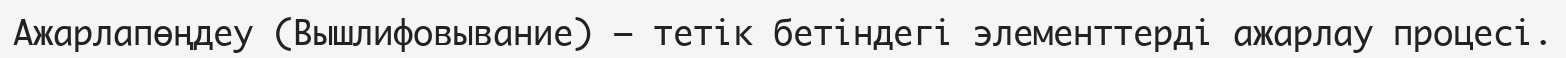
Ажарлапөңдеу (Вышлифовывание) — тетік бетіндегі элементтерді ажарлау процесі.